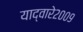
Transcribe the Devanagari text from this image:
याद्वारे२००९